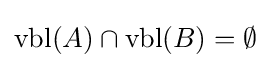
\operatorname {vbl} (A)\cap \operatorname {vbl} (B)=\emptyset